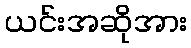
ယင်းအဆိုအား